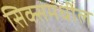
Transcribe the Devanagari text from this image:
सिक्समधील